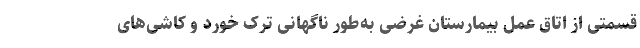
قسمتی از اتاق عمل بیمارستان غرضی به‌طور ناگهانی ترک خورد و کاشی‌های